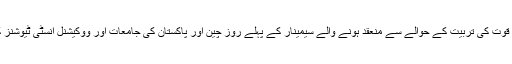
سی پیک منصوبوں کے لئے افرادی قوت کی تربیت کے حوالے سے منعقد ہونے والے سیمینار کے پہلے روز چین اور پاکستان کی جامعات اور ووکیشنل انسٹی ٹیوشنز کے درمیان آٹھ بڑے معاہدے ہوئے۔